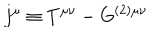
j ^ { \mu } \equiv T ^ { \mu \nu } - G ^ { ( 2 ) \mu \nu }